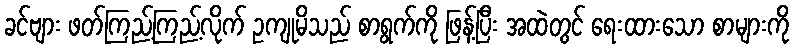
ခင်ဗျား ဖတ်ကြည့်ကြည့်လိုက် ဥကျုမိသည် စာရွက်ကို ဖြန့်ပြီး အထဲတွင် ရေးထားသော စာများကို